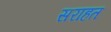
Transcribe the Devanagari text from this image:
सराहत